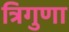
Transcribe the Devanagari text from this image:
त्रिगुणा